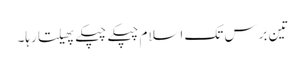
تین برس تک اسلام چپکے چپکے پھیلتا رہا۔